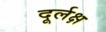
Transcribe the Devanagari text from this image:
दूर्लक्ष